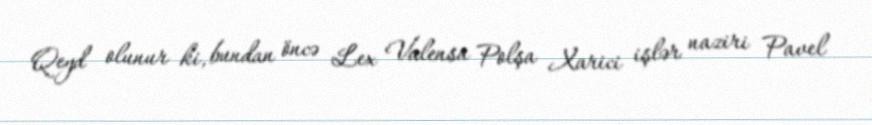
Qeyd olunur ki, bundan öncə Lex Valensa Polşa Xarici işlər naziri Pavel